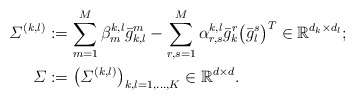
\begin{align*}\varSigma^{(k,l)}& := \sum_{m=1}^M\beta_m^{k,l} \bar{g}_{k,l}^m - \sum_{r,s=1}^M \alpha_{r,s}^{k,l}\bar{g}_k^r \bigl(\bar{g}_l^s\bigr)^T \in \mathbb{R}^{d_k \times d_l} ;\\\varSigma&:= \bigl(\varSigma^{(k,l)} \bigr)_{k,l=1,\dots,K} \in\mathbb{R}^{d \times d}.\end{align*}